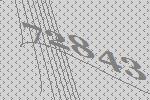
72843